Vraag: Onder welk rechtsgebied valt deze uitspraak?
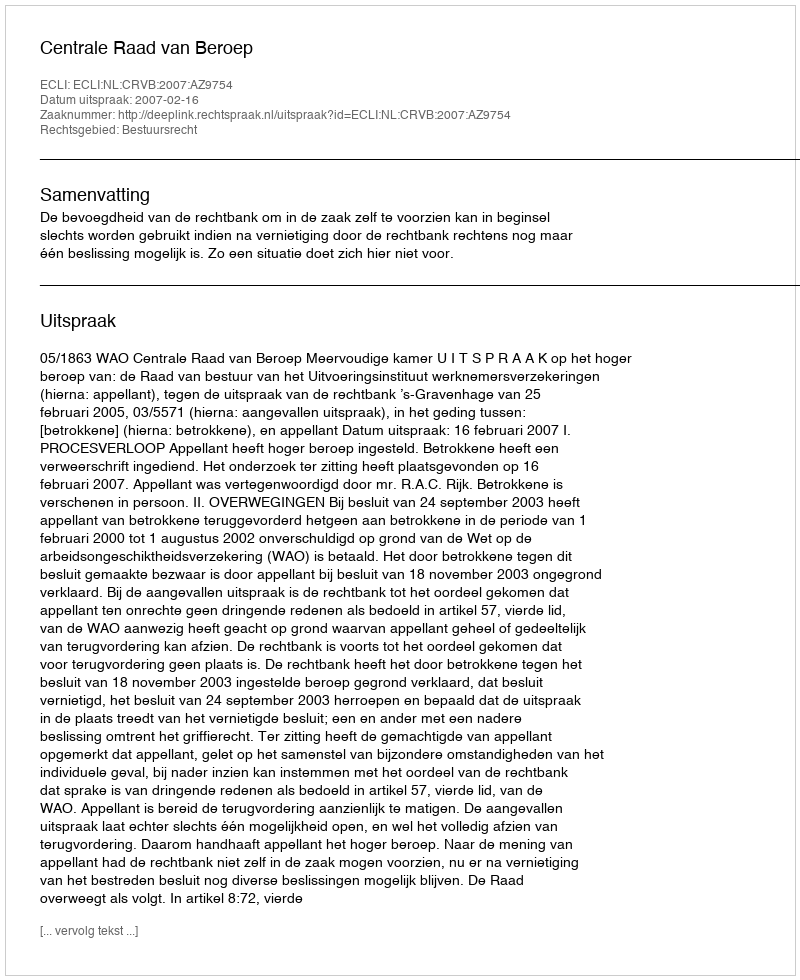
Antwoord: Bestuursrecht